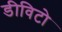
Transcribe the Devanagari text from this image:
डीविटो